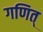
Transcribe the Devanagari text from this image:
गणित्